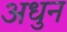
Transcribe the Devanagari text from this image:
अधुन